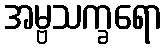
အမ္ဗသက္ခရော